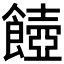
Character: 𩞵